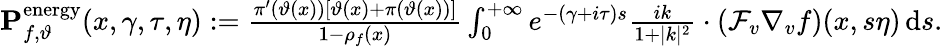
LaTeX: \begin{array}{r}{\mathbf{P}_{f,\vartheta}^{\mathrm{energy}}(x,\gamma,\tau,\eta):=\frac{\pi^{\prime}(\vartheta(x))\left[\vartheta(x)+\pi(\vartheta(x))\right]}{1-\rho_{f}(x)}\int_{0}^{+\infty}e^{-(\gamma+i\tau)s}\frac{ik}{1+\vert k\vert^{2}}\cdot\left(\mathcal{F}_{v}\nabla_{v}f\right)(x,s\eta)\, \mathrm{d}s.}\end{array}